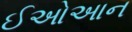
ઈઓઆન